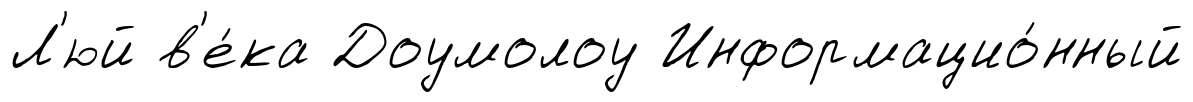
Л'юй в'е́ка Доумолоу Информацио́нный